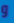
و